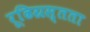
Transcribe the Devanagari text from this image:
रूढिग्रस्तता